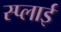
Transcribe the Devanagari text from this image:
स्प्लाई